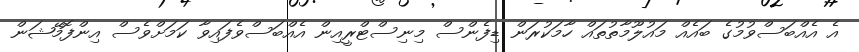
އެ އެއްބަސްވުމުގެ ބައެއް މައުލޫމާތުތައް ހާމަކުރަން ޑިފެންސް މިނިސްޓްރީއިން އެއްބަސްވެފައިވާ ކަމަށްވެސް އިންފޮމޭޝަން